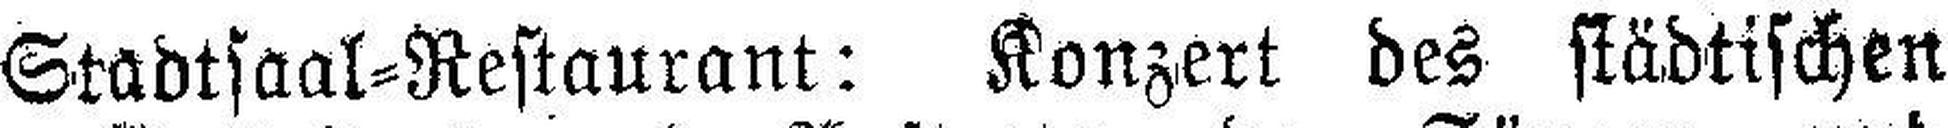
Stadtsaal=Restaurant: Konzert des städtischen